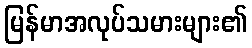
မြန်မာအလုပ်သမားများ၏